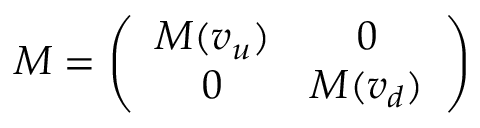
\quad M = \left( \begin{array} { c c } { { M ( v _ { u } ) } } & { { 0 } } \\ { { 0 } } & { { M ( v _ { d } ) } } \end{array} \right) \,